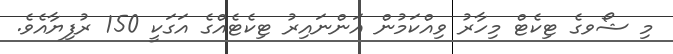
މި ޝޯވގެ ޓިކެޓް މިހާރު ވިއްކަމުން އަންނައިރު ޓިކެޓެއްގެ އަގަކީ 150 ރުފިޔާއެވެ.